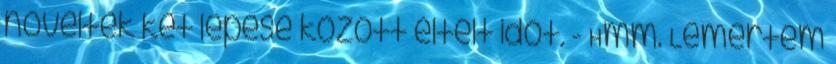
növelték két lépése között eltelt időt. - Hmm. Lemertem